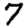
Digit: 7